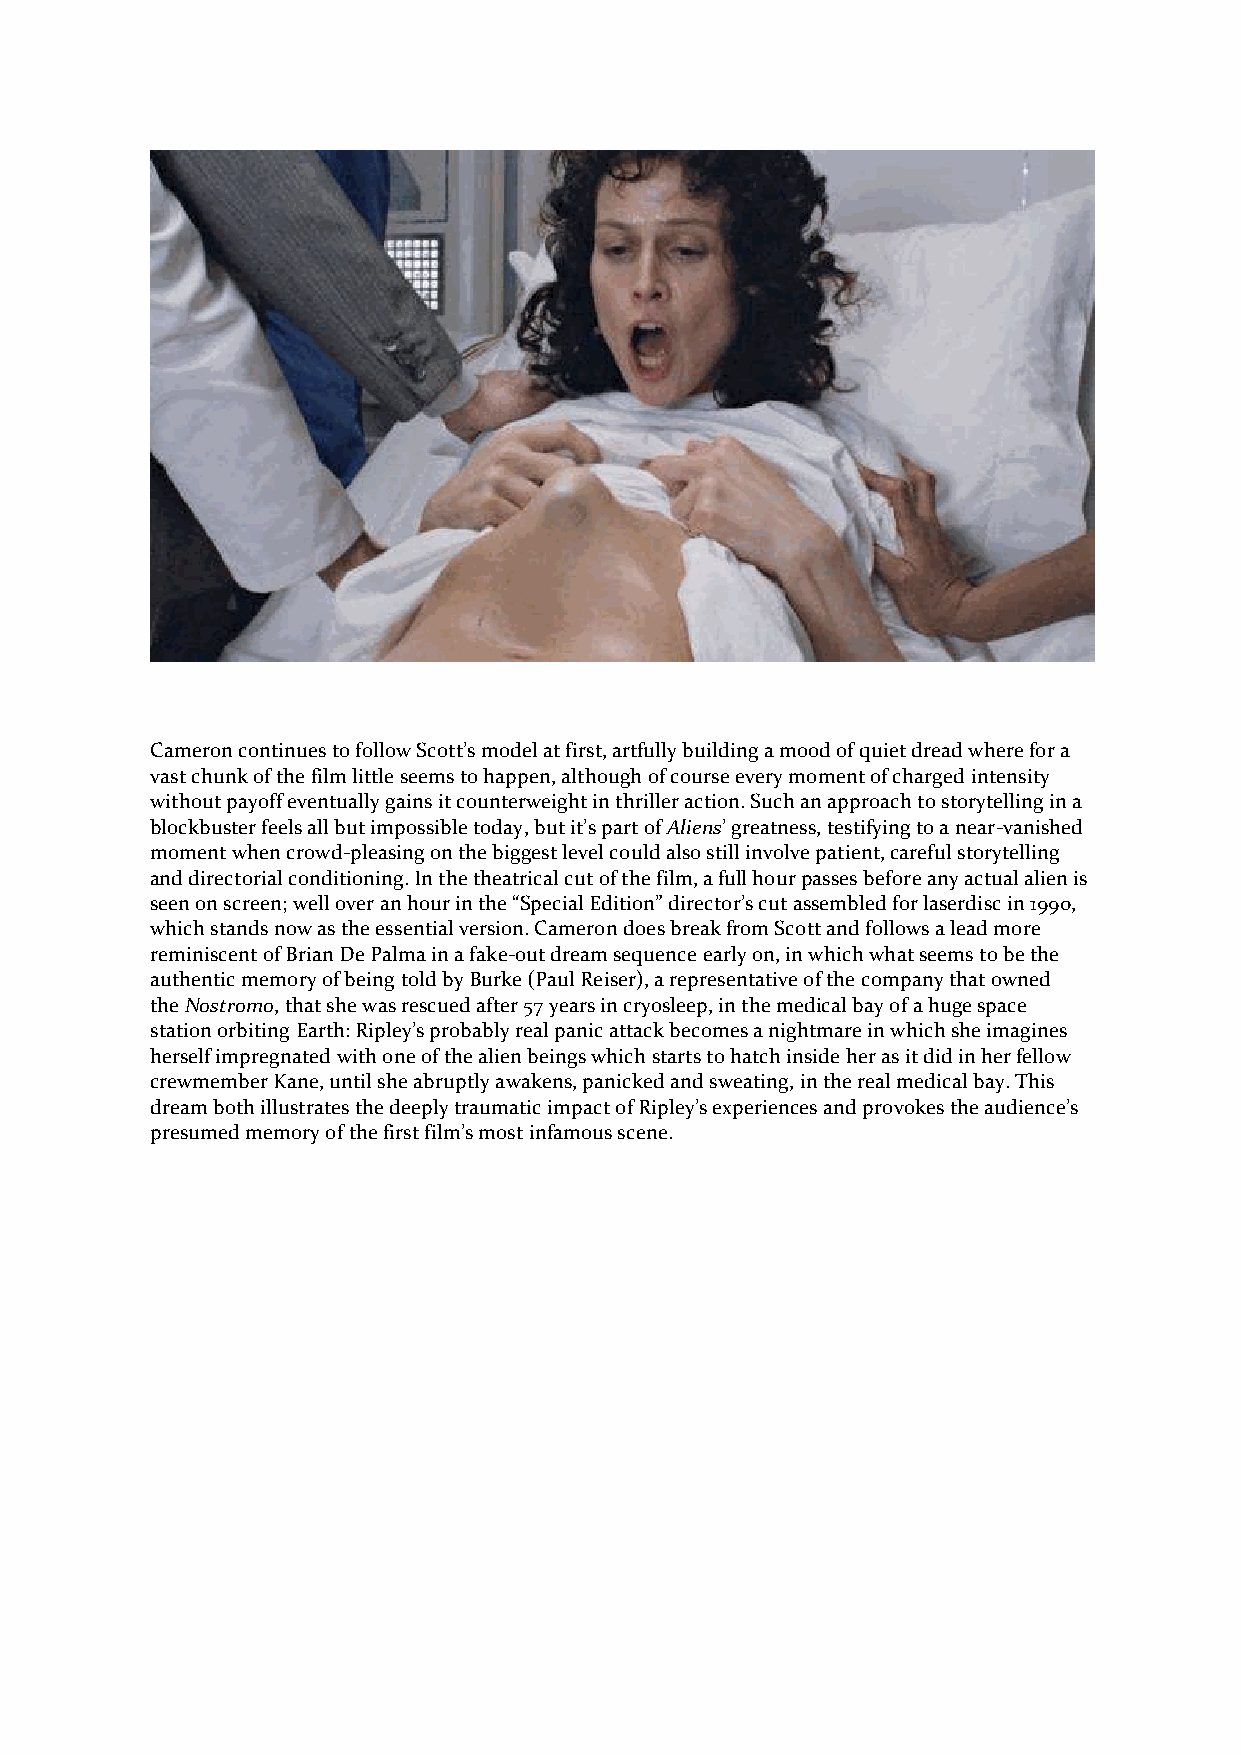
Cameron continues to follow Scott’s model at first, artfully building a mood of quiet dread where for a
 vast chunk of the film little seems to happen, although of course every moment of charged intensity
 without payoff eventually gains it counterweight in thriller action. Such an approach to storytelling in a
 blockbuster feels all but impossible today, but it’s part of Aliens’ greatness, testifying to a near-vanished
 moment when crowd-pleasing on the biggest level could also still involve patient, careful storytelling
 and directorial conditioning. In the theatrical cut of the film, a full hour passes before any actual alien is
 seen on screen; well over an hour in the “Special Edition” director’s cut assembled for laserdisc in 1990,
 which stands now as the essential version. Cameron does break from Scott and follows a lead more
 reminiscent of Brian De Palma in a fake-out dream sequence early on, in which what seems to be the
 authentic memory of being told by Burke (Paul Reiser), a representative of the company that owned
 the Nostromo, that she was rescued after 57 years in cryosleep, in the medical bay of a huge space
 station orbiting Earth: Ripley’s probably real panic attack becomes a nightmare in which she imagines
 herself impregnated with one of the alien beings which starts to hatch inside her as it did in her fellow
 crewmember Kane, until she abruptly awakens, panicked and sweating, in the real medical bay. This
 dream both illustrates the deeply traumatic impact of Ripley’s experiences and provokes the audience’s
 presumed memory of the first film’s most infamous scene.